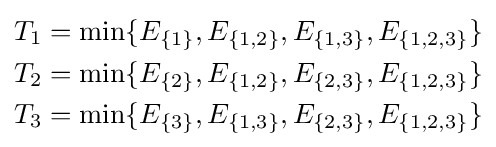
{\begin{aligned}T_{1}&=\min\{E_{\{1\}},E_{\{1,2\}},E_{\{1,3\}},E_{\{1,2,3\}}\}\\T_{2}&=\min\{E_{\{2\}},E_{\{1,2\}},E_{\{2,3\}},E_{\{1,2,3\}}\}\\T_{3}&=\min\{E_{\{3\}},E_{\{1,3\}},E_{\{2,3\}},E_{\{1,2,3\}}\}\\\end{aligned}}